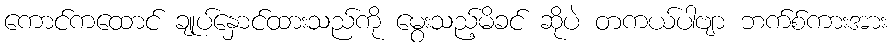
ကောင်ကထောင် ချုပ်နှောင်ထားသည်ကို မွေးသည့်မိခင် ဆိုပဲ တကယ်ပါဗျာ ဘက်စ်ကားအား